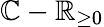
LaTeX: \mathbb{C}-\mathbb{R}_{\geq 0}